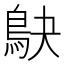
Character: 鴃